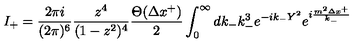
I _ { + } = \frac { 2 \pi i } { ( 2 \pi ) ^ { 6 } } \frac { z ^ { 4 } } { ( 1 - z ^ { 2 } ) ^ { 4 } } \frac { \Theta ( \Delta x ^ { + } ) } { 2 } \int _ { 0 } ^ { \infty } d k _ { - } k _ { - } ^ { 3 } e ^ { - i k _ { - } Y ^ { 2 } } e ^ { i \frac { m ^ { 2 } \Delta x ^ { + } } { k _ { - } } }